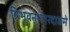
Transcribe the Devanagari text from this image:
त्रिभुवननगरदाङमे